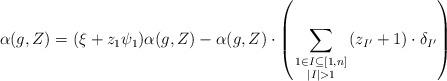
LaTeX: \begin{align*} \alpha(g,Z)=(\xi+z_1\psi_1)\alpha(g,Z) - \alpha(g,Z) \cdot\left(\sum_{\begin{smallmatrix} 1\in I\subseteq[1,n] \\ |I|>1 \end{smallmatrix}}(z_{I'}+1)\cdot \delta_{I'}\right) \end{align*}